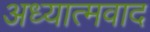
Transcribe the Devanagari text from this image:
अध्‍यात्‍मवाद